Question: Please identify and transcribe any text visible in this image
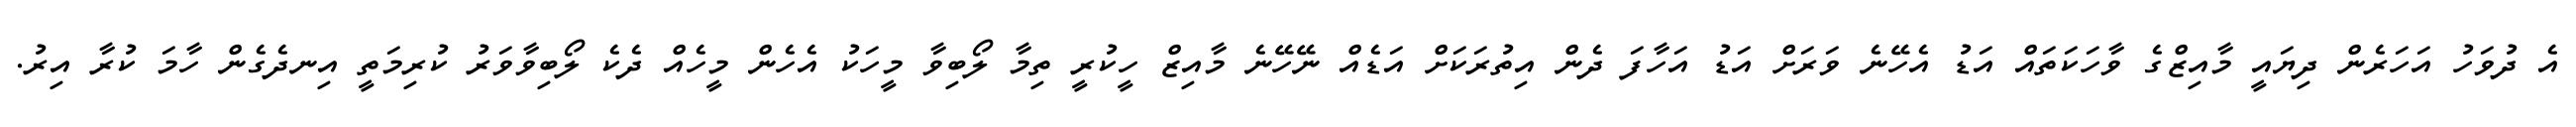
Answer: އެ ދުވަހު އަހަރެން ދިޔައީ މާއިޒްގެ ވާހަކަތައް އަޑު އެހޭނެ ވަރަށް އަޑު އަހާފަ ދެން އިތުރަކަށް އަޑެއް ނޭހޭނެ މާއިޒް ހީކުރީ ތިމާ ލޯބިވާ މީހަކު އެހެން މީހެއް ދެކެ ލޯބިވާވަރު ކުރިމަތީ އިނދެގެން ހާމަ ކުރާ އިރު.